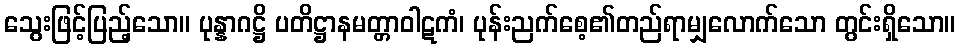
သွေးဖြင့်ပြည့်သော။ ပုန္နာဂဋ္ဌိ ပတိဋ္ဌာနမတ္တာဝါဋကံ၊ ပုန်းညက်စေ့၏တည်ရာမျှလောက်သော တွင်းရှိသော။